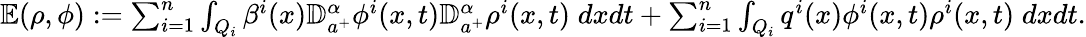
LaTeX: \begin{array}{r}{\mathbb E(\rho,\phi):=\sum_{i=1}^{n}\int_{Q_{i}}\beta^{i}(x){\mathbb D}_{a^{+}}^{\alpha}\phi^{i}(x,t){\mathbb D}_{a^{+}}^{\alpha}\rho^{i}(x,t)\; dxdt+\sum_{i=1}^{n}\int_{Q_{i}}q^{i}(x)\phi^{i}(x,t)\rho^{i}(x,t)\; dxdt.}\end{array}